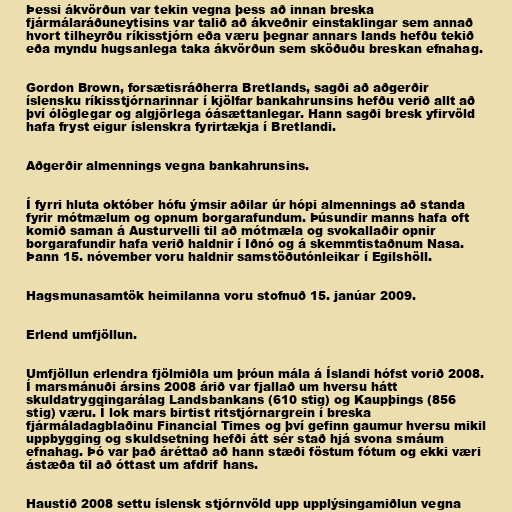
Þessi ákvörðun var tekin vegna þess að innan breska
fjármálaráðuneytisins var talið að ákveðnir einstaklingar sem annað
hvort tilheyrðu ríkisstjórn eða væru þegnar annars lands hefðu tekið
eða myndu hugsanlega taka ákvörðun sem sköðuðu breskan efnahag.

Gordon Brown, forsætisráðherra Bretlands, sagði að aðgerðir
íslensku ríkisstjórnarinnar í kjölfar bankahrunsins hefðu verið allt að
því ólöglegar og algjörlega óásættanlegar. Hann sagði bresk yfirvöld
hafa fryst eigur íslenskra fyrirtækja í Bretlandi.

Aðgerðir almennings vegna bankahrunsins.

Í fyrri hluta október hófu ýmsir aðilar úr hópi almennings að standa
fyrir mótmælum og opnum borgarafundum. Þúsundir manns hafa oft
komið saman á Austurvelli til að mótmæla og svokallaðir opnir
borgarafundir hafa verið haldnir í Iðnó og á skemmtistaðnum Nasa.
Þann 15. nóvember voru haldnir samstöðutónleikar í Egilshöll.

Hagsmunasamtök heimilanna voru stofnuð 15. janúar 2009.

Erlend umfjöllun.

Umfjöllun erlendra fjölmiðla um þróun mála á Íslandi hófst vorið 2008.
Í marsmánuði ársins 2008 árið var fjallað um hversu hátt
skuldatryggingarálag Landsbankans (610 stig) og Kaupþings (856
stig) væru. Í lok mars birtist ritstjórnargrein í breska
fjármáladagblaðinu Financial Times og því gefinn gaumur hversu mikil
uppbygging og skuldsetning hefði átt sér stað hjá svona smáum
efnahag. Þó var það áréttað að hann stæði föstum fótum og ekki væri
ástæða til að óttast um afdrif hans.

Haustið 2008 settu íslensk stjórnvöld upp upplýsingamiðlun vegna